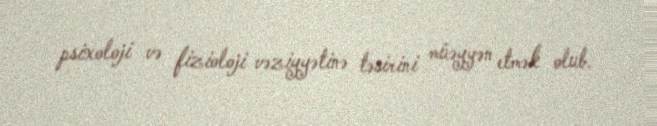
psixoloji və fizioloji vəziyyətinə təsirini müəyyən etmək olub.